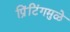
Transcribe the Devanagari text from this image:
प्रिंटिंगमुळे